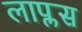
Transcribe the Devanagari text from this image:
लाप्लस